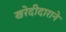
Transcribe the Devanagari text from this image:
खरेदीदाराने